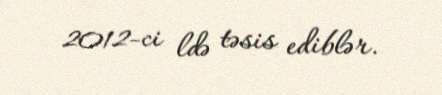
2012-ci ldə təsis ediblər.